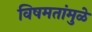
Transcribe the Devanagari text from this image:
विषमतांमुळे